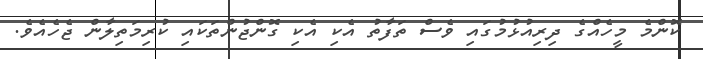
ކޮންމެ މީހެއްގެ ދިރިއުޅުމުގައި ވެސް ތަފާތު އެކި އެކި ގޮންޖުންތަކައި ކުރިމަތިލާން ޖެހެއެވެ.